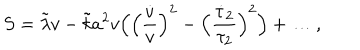
S = \tilde { \lambda } v - \tilde { k } a ^ { 2 } v \Bigl ( \Bigl ( \frac { \dot { v } } { v } \Bigr ) ^ { 2 } - \Bigl ( \frac { \dot { \tau } _ { 2 } } { \tau _ { 2 } } \Bigr ) ^ { 2 } \Bigr ) + \dots ,